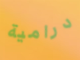
درامية